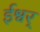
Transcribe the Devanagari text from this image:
ईश्वर्